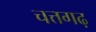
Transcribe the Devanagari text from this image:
चत्तगढ़